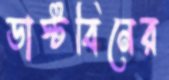
ডাস্টবিনের